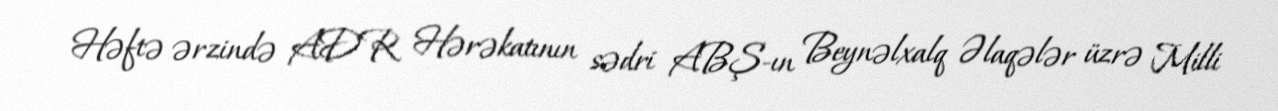
Həftə ərzində ADR Hərəkatının sədri ABŞ-ın Beynəlxalq Əlaqələr üzrə Milli